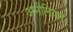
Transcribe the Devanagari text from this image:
अमोनियन